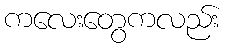
ကလေးတွေကလည်း